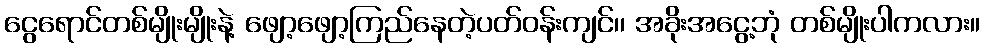
ငွေရောင်တစ်မျိုးမျိုးနဲ့ ဖျော့ဖျော့ကြည်နေတဲ့ပတ်ဝန်းကျင်၊၊ အခိုးအငွေ့ဘုံ တစ်မျိုးပါကလား။